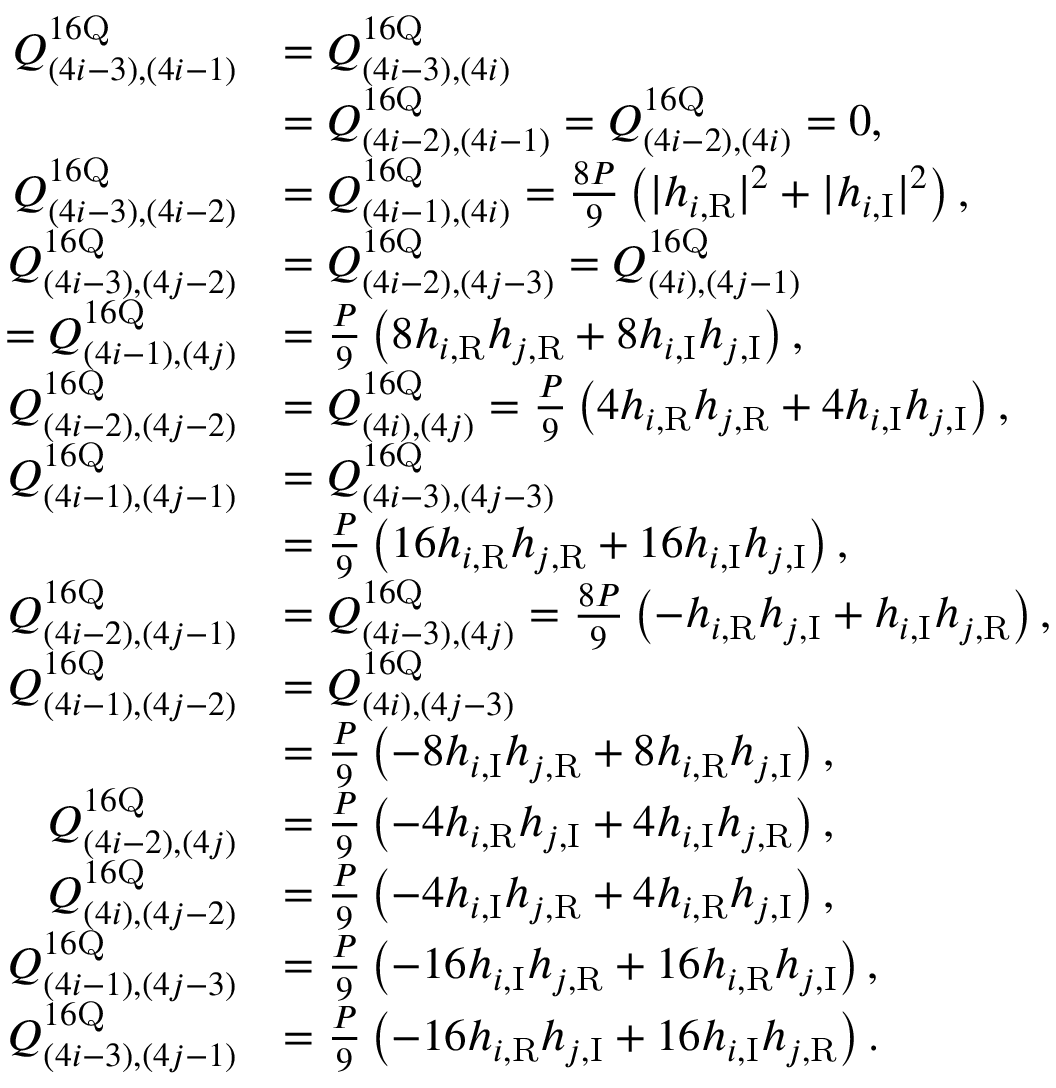
\begin{array} { r l } { Q _ { ( 4 i - 3 ) , ( 4 i - 1 ) } ^ { 1 6 \mathrm { Q } } } & { = Q _ { ( 4 i - 3 ) , ( 4 i ) } ^ { 1 6 \mathrm { Q } } } \\ & { = Q _ { ( 4 i - 2 ) , ( 4 i - 1 ) } ^ { 1 6 \mathrm { Q } } = Q _ { ( 4 i - 2 ) , ( 4 i ) } ^ { 1 6 \mathrm { Q } } = 0 , } \\ { Q _ { ( 4 i - 3 ) , ( 4 i - 2 ) } ^ { 1 6 \mathrm { Q } } } & { = Q _ { ( 4 i - 1 ) , ( 4 i ) } ^ { 1 6 \mathrm { Q } } = \frac { 8 P } { 9 } \left( | h _ { i , \mathrm { R } } | ^ { 2 } + | h _ { i , \mathrm { I } } | ^ { 2 } \right) , } \\ { Q _ { ( 4 i - 3 ) , ( 4 j - 2 ) } ^ { 1 6 \mathrm { Q } } } & { = Q _ { ( 4 i - 2 ) , ( 4 j - 3 ) } ^ { 1 6 \mathrm { Q } } = Q _ { ( 4 i ) , ( 4 j - 1 ) } ^ { 1 6 \mathrm { Q } } } \\ { = Q _ { ( 4 i - 1 ) , ( 4 j ) } ^ { 1 6 \mathrm { Q } } } & { = \frac { P } { 9 } \left( 8 h _ { i , \mathrm { R } } h _ { j , \mathrm { R } } + 8 h _ { i , \mathrm { I } } h _ { j , \mathrm { I } } \right) , } \\ { Q _ { ( 4 i - 2 ) , ( 4 j - 2 ) } ^ { 1 6 \mathrm { Q } } } & { = Q _ { ( 4 i ) , ( 4 j ) } ^ { 1 6 \mathrm { Q } } = \frac { P } { 9 } \left( 4 h _ { i , \mathrm { R } } h _ { j , \mathrm { R } } + 4 h _ { i , \mathrm { I } } h _ { j , \mathrm { I } } \right) , } \\ { Q _ { ( 4 i - 1 ) , ( 4 j - 1 ) } ^ { 1 6 \mathrm { Q } } } & { = Q _ { ( 4 i - 3 ) , ( 4 j - 3 ) } ^ { 1 6 \mathrm { Q } } } \\ & { = \frac { P } { 9 } \left( 1 6 h _ { i , \mathrm { R } } h _ { j , \mathrm { R } } + 1 6 h _ { i , \mathrm { I } } h _ { j , \mathrm { I } } \right) , } \\ { Q _ { ( 4 i - 2 ) , ( 4 j - 1 ) } ^ { 1 6 \mathrm { Q } } } & { = Q _ { ( 4 i - 3 ) , ( 4 j ) } ^ { 1 6 \mathrm { Q } } = \frac { 8 P } { 9 } \left( - h _ { i , \mathrm { R } } h _ { j , \mathrm { I } } + h _ { i , \mathrm { I } } h _ { j , \mathrm { R } } \right) , } \\ { Q _ { ( 4 i - 1 ) , ( 4 j - 2 ) } ^ { 1 6 \mathrm { Q } } } & { = Q _ { ( 4 i ) , ( 4 j - 3 ) } ^ { 1 6 \mathrm { Q } } } \\ & { = \frac { P } { 9 } \left( - 8 h _ { i , \mathrm { I } } h _ { j , \mathrm { R } } + 8 h _ { i , \mathrm { R } } h _ { j , \mathrm { I } } \right) , } \\ { Q _ { ( 4 i - 2 ) , ( 4 j ) } ^ { 1 6 \mathrm { Q } } } & { = \frac { P } { 9 } \left( - 4 h _ { i , \mathrm { R } } h _ { j , \mathrm { I } } + 4 h _ { i , \mathrm { I } } h _ { j , \mathrm { R } } \right) , } \\ { Q _ { ( 4 i ) , ( 4 j - 2 ) } ^ { 1 6 \mathrm { Q } } } & { = \frac { P } { 9 } \left( - 4 h _ { i , \mathrm { I } } h _ { j , \mathrm { R } } + 4 h _ { i , \mathrm { R } } h _ { j , \mathrm { I } } \right) , } \\ { Q _ { ( 4 i - 1 ) , ( 4 j - 3 ) } ^ { 1 6 \mathrm { Q } } } & { = \frac { P } { 9 } \left( - 1 6 h _ { i , \mathrm { I } } h _ { j , \mathrm { R } } + 1 6 h _ { i , \mathrm { R } } h _ { j , \mathrm { I } } \right) , } \\ { Q _ { ( 4 i - 3 ) , ( 4 j - 1 ) } ^ { 1 6 \mathrm { Q } } } & { = \frac { P } { 9 } \left( - 1 6 h _ { i , \mathrm { R } } h _ { j , \mathrm { I } } + 1 6 h _ { i , \mathrm { I } } h _ { j , \mathrm { R } } \right) . } \end{array}